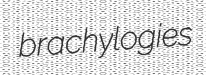
brachylogies